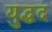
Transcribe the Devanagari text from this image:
युद्धद